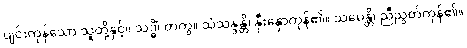
ပျင်းကုန်သော သူတို့နှင့်။ သဒ္ဓိံ၊ တကွ။ သံသန္ဒန္တိ၊ နှီးနှောကုန်၏။ သမေန္တိ၊ ညီညွတ်ကုန်၏။